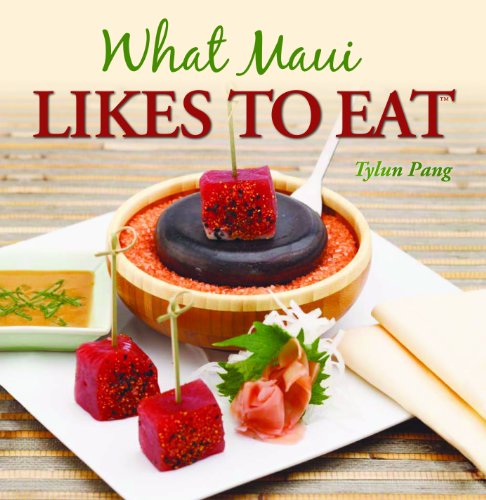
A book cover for What Maui Likes to Eat; Tylun Pang; Cookbooks, Food & Wine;